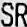
SR